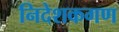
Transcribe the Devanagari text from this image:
निदेशकगण